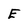
Character: E